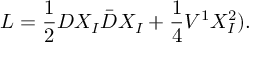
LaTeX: { \cal L } = \frac { { 1 } } { 2 } D X _ { \cal I } \bar { D } X _ { \cal I } + \frac { 1 } { 4 } V ^ { 1 } X _ { \cal I } ^ { 2 } ) .